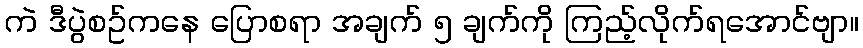
ကဲ ဒီပွဲစဥ်ကနေ ပြောစရာ အချက် ၅ ချက်ကို ကြည့်လိုက်ရအောင်ဗျာ။